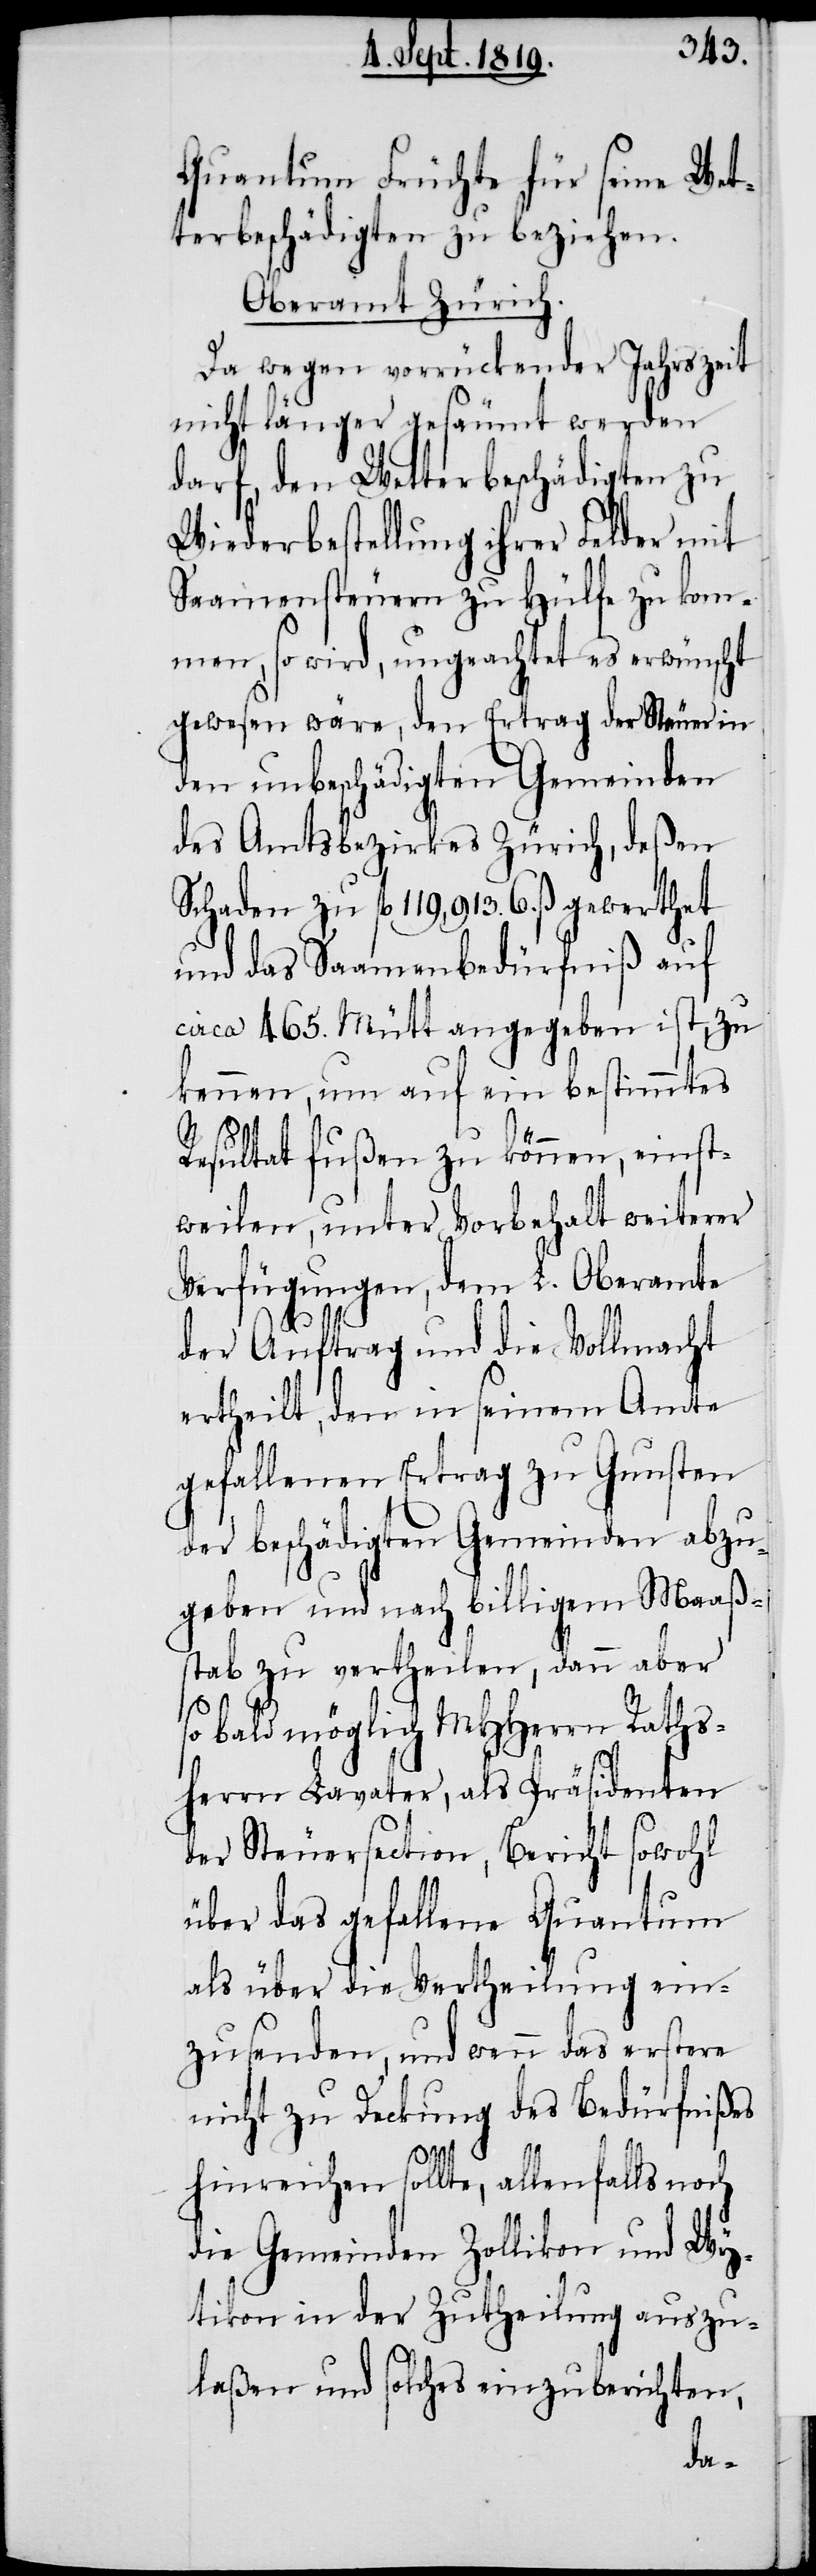
Quantum Früchte für seine Wet¬
terbeschädigten zu beziehen.
Oberamt Zürich.
Da wegen vorrückender Jahrszeit
nicht länger gesäumt werden
darf, den Wetterbeschädigten zu
Wiederbestellung ihrer Felder mit
Saamensteuern zu Hülfe zu kom¬
men, so wird, ungeachtet es erwünscht
gewesen wäre, den Ertrag der Steuer in
den unbeschädigten Gemeinden
des Amtsbezirkes Zürich, deßen
Schaden zu fl. 119,913. 6. ß. gewerthet
und das Saamenbedürfniß auf
circa 465. Mütt angegeben ist, zu
kennen, um auf ein bestimmtes
Resultat fußen zu können, einst¬
weilen, unter Vorbehalt weiterer
Verfügungen, dem L. Oberamte
der Auftrag und die Vollmacht
ertheilt, den in seinem Amte
gefallenen Ertrag zu Gunsten
der beschädigten Gemeinden abzu¬
geben und nach billigem Maaßs¬
tab zu vertheilen, dann aber
so bald möglich MHHerrn Raths¬
herrn Lavater, als Präsidenten
der Steuersection, Bericht sowohl
über das gefallene Quantum
als über die Vertheilung ein¬
zusenden, und wenn das erstere
nicht zu Deckung des Bedürfnißes
hinreichen sollte, allenfalls noch
die Gemeinden Zollikon und Wy¬
tikon in der Zutheilung auszu¬
laßen und solches einzuberichten,